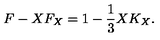
F - X F _ { X } = 1 - \frac { 1 } { 3 } X K _ { X } .